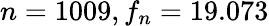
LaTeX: n=1009,f_{n}=19.073